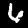
Digit: 6